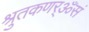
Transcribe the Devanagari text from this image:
श्रुतकणर्ॐसं